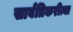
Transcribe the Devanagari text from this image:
सार्वत्रिकरीत्या